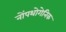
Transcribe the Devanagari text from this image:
नोंपथोगेनिक